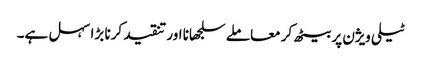
ٹیلی ویژن پر بیٹھ کر معاملے سلجھانا اور تنقید کرنا بڑا سہل ہے۔